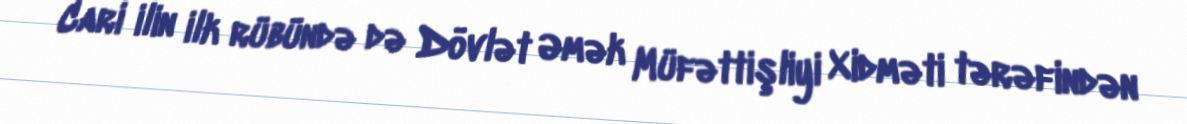
Cari ilin ilk rübündə də Dövlət Əmək Müfəttişliyi Xidməti tərəfindən